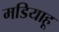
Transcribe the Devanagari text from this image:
मडियाहू